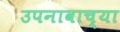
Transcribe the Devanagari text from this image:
उपनावाच्या